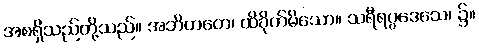
အစရှိသည်တို့သည်။ အဘိဟတေ၊ ထိခိုက်မိသော။ သရီရပ္ပဒေသေ၊ ၌။